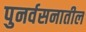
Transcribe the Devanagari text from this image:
पुनर्वसनातील